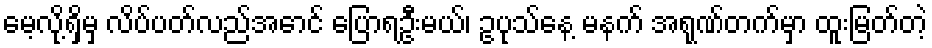
မေ့လို့ရှိမှ လိပ်ပတ်လည်အောင် ပြောရဦးမယ်၊ ဥပုသ်နေ့ မနက် အရုဏ်တက်မှာ ထူးမြတ်တဲ့